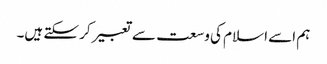
ہم اسے اسلام کی وسعت سے تعبیر کر سکتے ہیں۔